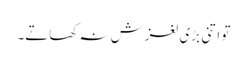
تو اتنی بڑی لغزش نہ کھاتے۔